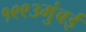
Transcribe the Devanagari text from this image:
१९९३मुंबई